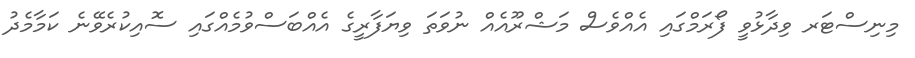
މިނިސްޓަރ ވިދާޅުވީ ފޯރަމްގައި އެއްވެސް މަޝްރޫއެއް ނުވަތަ ވިޔަފާރީގެ އެއްބަސްވުމެއްގައި ސޮއިކުރެވޭނެ ކަމާމެދު